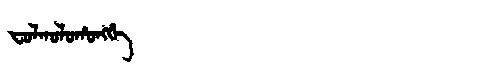
Manchu: ᠸᠣᠯᡴᠣᠯᠣᡥᠣᠩᡤᡝ
Romanization: FOLKOLOHONGGE